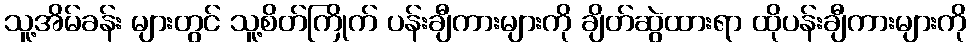
သူ့အိမ်ခန်း များတွင် သူ့စိတ်ကြိုက် ပန်းချီကားများကို ချိတ်ဆွဲထားရာ ထိုပန်းချီကားများကို